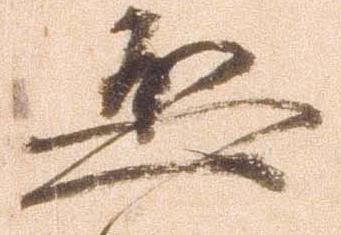
恐